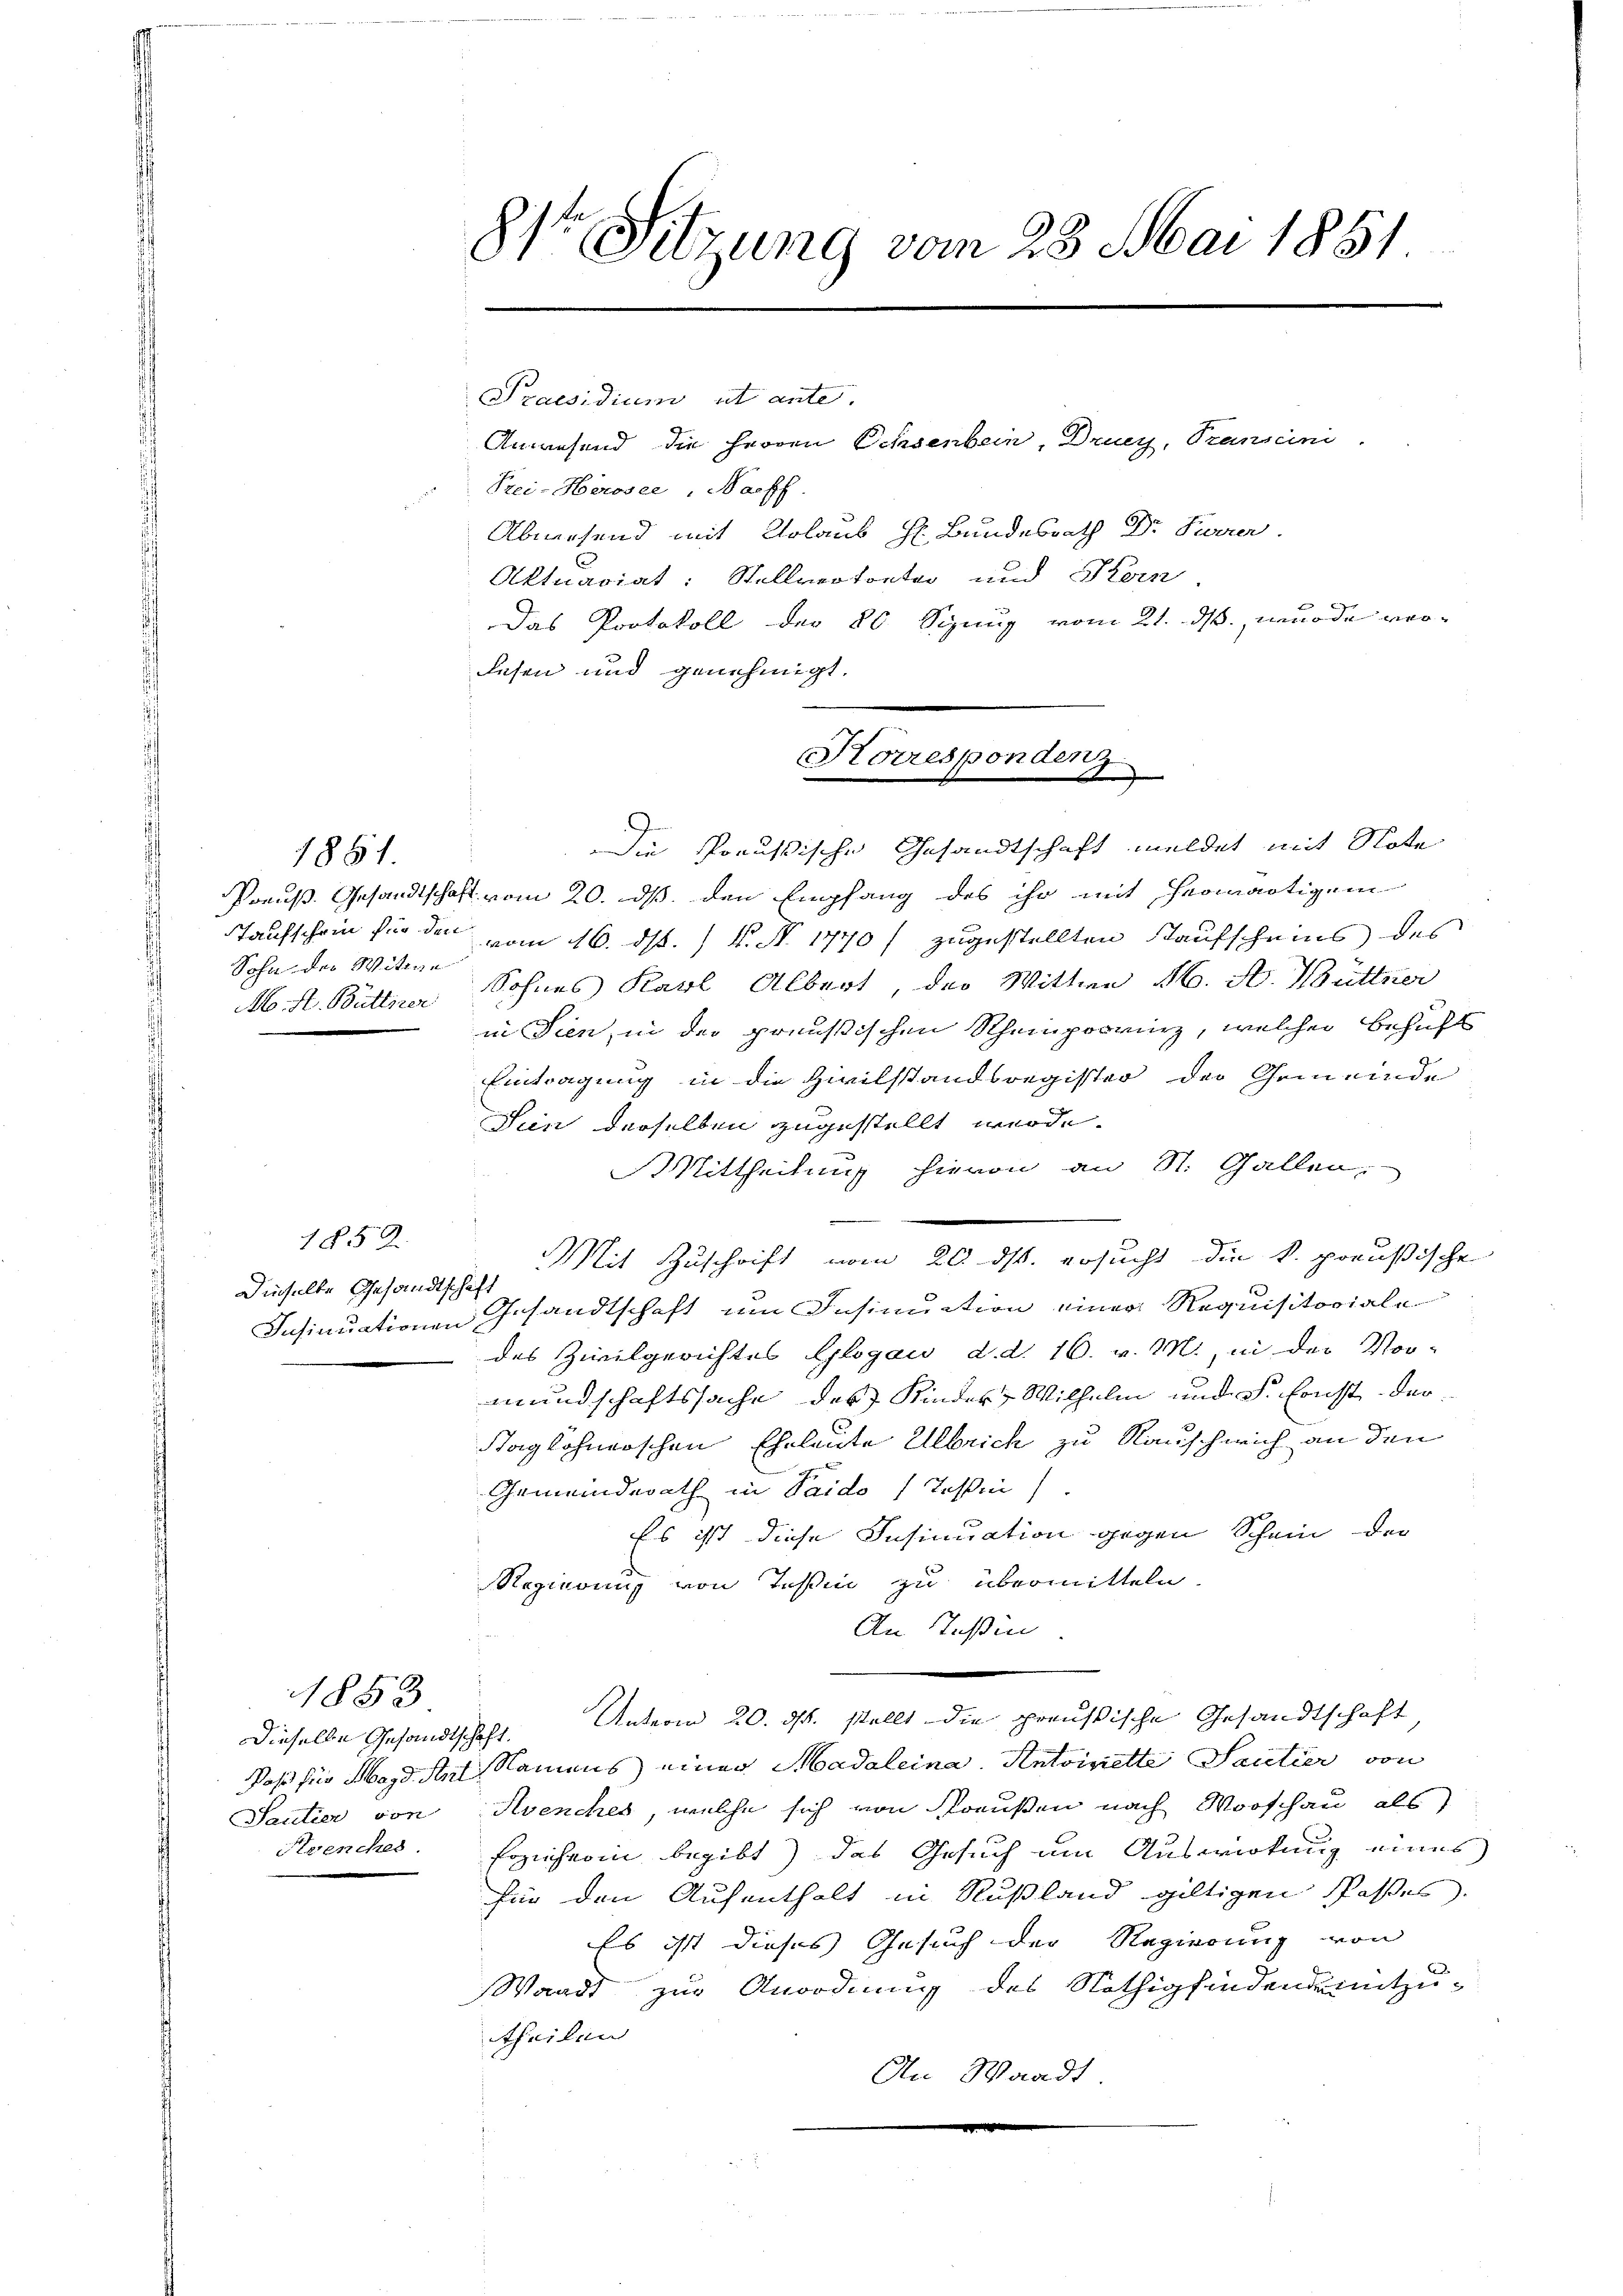
1851.

Sohn der Witwe
M. H. Büttirer

1852.
Dieselbe Gesandtschaft

Santier von
Krenches

1853

c
8te Sitzung vom 28. Mai 1851.

Anwesend die Herren Ochsenbein, Drucy, Transcini
Prei-Herosee, Nachf
Abwesend mit Urlaub H. Bundesrath Dr Ferier.
Aktuariat: Stellvertorter und Kern
Das Protokoll der 80 Syung vom 21. ds., wurde ver¬
Lesen und genehmigt.
Die Preußische Gesandtschaft meldet mit Note
Preuß. Gesandtschaft vom 20. ds. den Empfang des ihr mit Hermartigem
Taufschein für da vom 16. ds. / N. N. 1770 / zugestellten Kaufscheins des
Sohnes Karl Albert, der Wittwe M. A. Büttner
in Sien, in der preußischen Scheinprovinz, welcher behufs
Eintragung in die Zivilstandsregister der Gemeinde
Sin derselben zugestellt werde.
Mittheilung hievon an St. Gallen,
.
Mit Zuschrift vom 20. ds. ersucht die k. preußische
Insinuationen Gesandtschaft um Insinuation einer Requisitoriale
des Zivilgerichtes Glogau d. d. 16. v. M., in der Vor-
mundschaftssache des Kinder Wilhelm und Sr. Ernst der
Staglohnerschen Eheleute Albrich zu Rauschlich an den
Gemeinderath in Paido) Teßin
Es ist diese Insinuation gegen Schein der
Regierung von Teßin zu übermitteln.
An Teßin
Dieselbe Gesandtschaft. Unterm 20. ds. stellt die preußische Gesandtschaft
Daß für Magd auf Namens einer Madaleina. Antoinette Santier von
Avenches, welche sich von Straußen nach Vorschau als
Erzieherin begibt) das Gesuch um Auswirkung eines
für den Aufenthalt in Rußland giltigen Posses.
Es ist dieses Gesuch der Regierung von
Waadt zur Anordnung des Nöthig findende mitzutheilen
An Waadt.

Praesidium ut ante.

Hörrespondenz
e